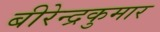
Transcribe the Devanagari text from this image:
बीरेन्द्रकुमार